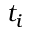
t _ { i }